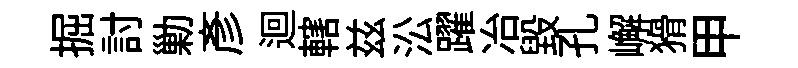
掘討勦彥迴轄兹㳂躍冶毁孔嶰猾甲